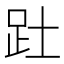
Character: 𮛄